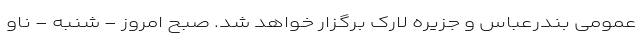
عمومی بندرعباس و جزیره لارک برگزار خواهد شد. صبح امروز - شنبه - ناو